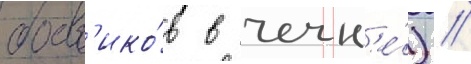
боев'ико́в в чечн'е́) //